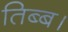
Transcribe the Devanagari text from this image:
तिब्ब।